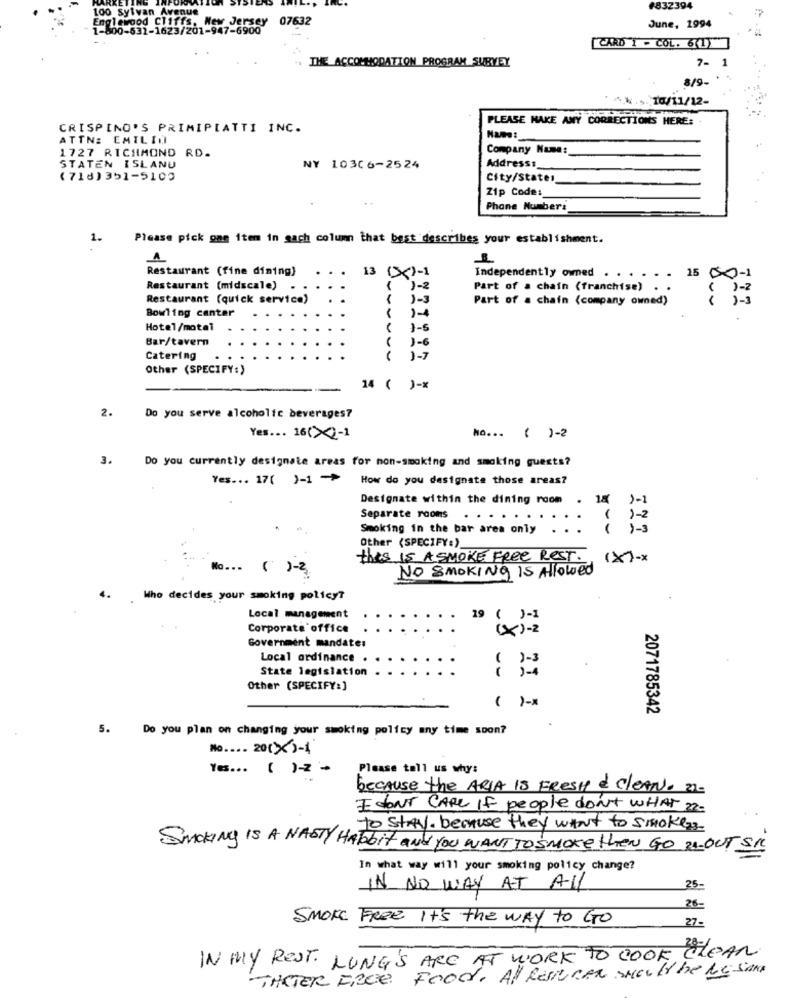
100 Sylvan Avenue
#832394
Englewood Cliffs, New Jersey 07632
1-800-631-1623/201-947-6900
June, 1994
[CARD 1 - COL. 6(1)
7-
1
THE ACCOMMODATION PROGRAM SURVEY
8/9-
* ^ _... 10/11/12-
PLEASE MAKE ANY CORRECTIONS HERE:
CRISPINO'S PRIMIPIATTI INC.
ATTN: EMILIN
Company Name:
1727 RICHMOND RD.
STATEN ISLAND
NY 10306-2524
Addresss_
(718) 351-5100
City/State:
Zip Code:
Phone Number:
1.
Please pick one item in sach column that best describes your establishment.
Restaurant (fine dining)
13
Independently owned . . . . . .
15 00-1
Restaurant (midscale) .
1-2
Part of a chain (franchise) . .
( )-2
Restaurant (quick service)
( ) -3
Part of a chain (company owned)
Bowling center
Hotel/motel
( }-5
Bar/tavern
( )-6
Catering
( )-7
Other (SPECIFY:)
14 ( )-X
2.
Do you serve alcoholic beverages?
Yes ... 16(><)-1
No ... ( )-2
3.
Do you currently designate areas for non-smoking and smoking guests?
Yes ... 17( )-1 ->
How do you designate those areas?
Designate within the dining room .
18 1-1
Separate rooms . . .
( 1 - 2
Smoking in the bar area only
( ) - 3
Other (SPECIFY:)
this IS A SMOKE FREE REST.
(x)-x
Mo ...
( )-2
NO SMOKING IS Allowed
Who decides your smoking policy?
Local management
19 ( )-1
Corporate office
(X)-2
Government mandate:
Local ordinance .
State legislation
( )-3
Other (SPECIFY:]
( ) -*
2071785342
5. Do you plan on changing your smoking policy any time soon?
No .... 20(X)-1
Yes ... ( )= +
Please tell us why:
because the ARIA IS FRESH & CLEAN. ...
I DONT CARE If people don't WHAT 22.
to Stay. because they want to smokezs
Smoking Is A NASTY HATbit and you WANT TO SMOKE then GO 21-OUT
In what way will your smoking policy change?
IN NO WAY AT ALL
25-
26-
SMOKE FREE It's the WAY to GO
27-
IN MY REST. LUNG'S ARE AT WORK TO COOK
FEAR
Food. Af Resscen should be Re same
THETER ERCE